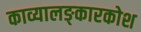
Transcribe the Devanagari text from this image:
काव्यालङ्कारकोश